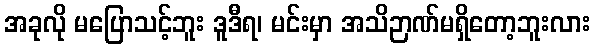
အခုလို မပြောသင့်ဘူး ဒူဒီရ၊ မင်းမှာ အသိဉာဏ်မရှိတော့ဘူးလား